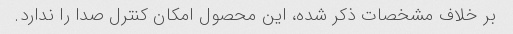
بر خلاف مشخصات ذکر شده، این محصول امکان کنترل صدا را ندارد.